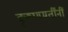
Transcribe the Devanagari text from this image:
कृष्णमूर्तींनीं